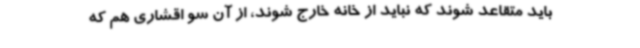
باید متقاعد شوند که نباید از خانه خارج شوند، از آن سو اقشاری هم که